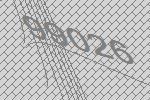
99026